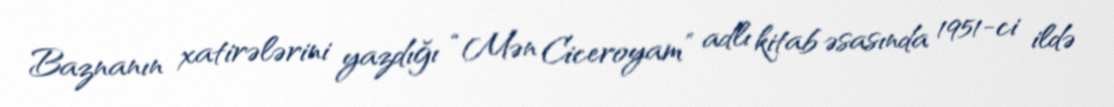
Baznanın xatirələrini yazdığı “Mən Ciceroyam” adlı kitab əsasında 1951-ci ildə